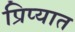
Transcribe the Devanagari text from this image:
प्रिप्यात